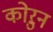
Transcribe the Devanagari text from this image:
कोऱुन